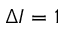
\Delta I = 1